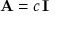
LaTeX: \mathbf { A } = c \, \mathbf { I }